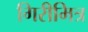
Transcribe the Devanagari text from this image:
गिरीमित्र